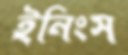
ইনিংস